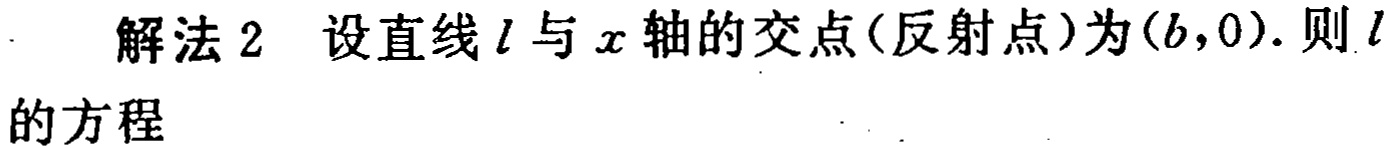
解法 2 设直线\(l\)与\(x\)轴的交点(反射点)为\((b,0)\). 则\(l\)的方程